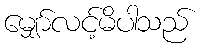
မျှော်လင့်မိပါသည်